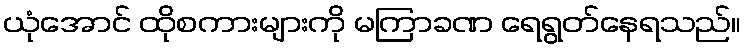
ယုံအောင် ထိုစကားများကို မကြာခဏ ရေရွတ်နေရသည်။